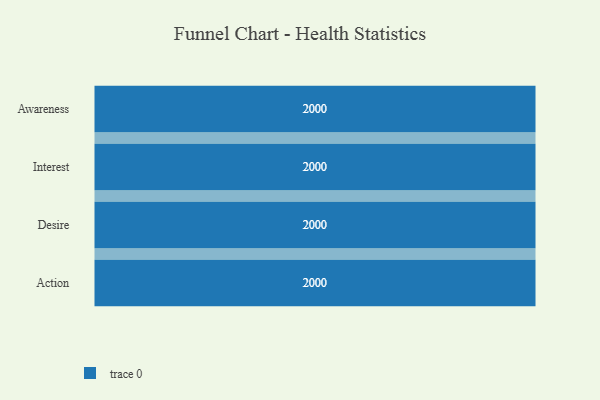
{"axis": {"x": "Stage", "y": "Value"}, "legend": [""], "data": [{"x": "Awareness", "y": 2000, "type": ""}, {"x": "Interest", "y": 2000, "type": ""}, {"x": "Desire", "y": 2000, "type": ""}, {"x": "Action", "y": 2000, "type": ""}]}